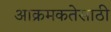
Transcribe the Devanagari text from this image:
आक्रमकतेसाठी